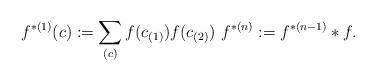
LaTeX: \begin{align*}f^{\ast (1)}(c) :=\sum_{(c)}f(c_{(1)})f(c_{(2)})\, \,f^{\ast (n)}:=f^{\ast (n-1)}\ast f.\end{align*}